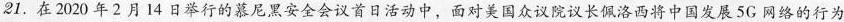
21.在2020年2月14日举行的慕尼黑安全会议首日活动中，面对美国众议院议长佩洛西将中国发展5G网络的行为